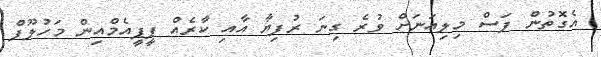
އެގޮތުން ފަސް މިލިއަނަށް ވުރެ ގިނަ ރުފިޔާ އާއި ކާރެއް ޕީޕީއެމްއިން މަހުލޫފް